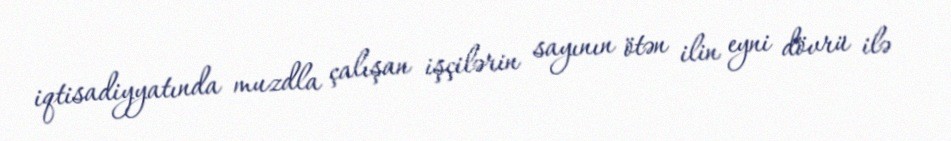
iqtisadiyyatında muzdla çalışan işçilərin sayının ötən ilin eyni dövrü ilə